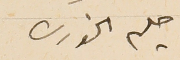
حليم الخورى